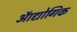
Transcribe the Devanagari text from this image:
ऑद्योगिक